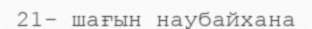
21- шағын наубайхана